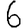
Digit: 6